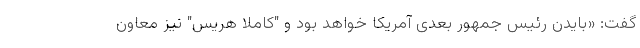
گفت: «بایدن رئیس جمهور بعدی آمریکا خواهد بود و "کاملا هریس" نیز معاون